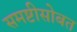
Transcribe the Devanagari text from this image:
समष्टीसोबत